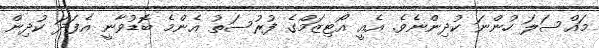
މައްސަލަ ހުންނަ ކުދިންނެވެ. އެއީ އޯޓިޒަމްގެ ފުރުސަތު އެންމެ ބޮޑުވާނީ އެފަދަ ކުދިން